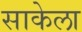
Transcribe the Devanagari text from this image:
साकेला